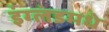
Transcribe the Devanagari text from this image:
इंग्लंडमधे